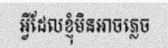
អ្វីដែលខ្ញុំមិនអាចភ្លេច